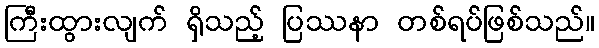
ကြီးထွားလျက် ရှိသည့် ပြဿနာ တစ်ရပ်ဖြစ်သည်။